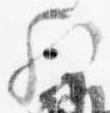
歟